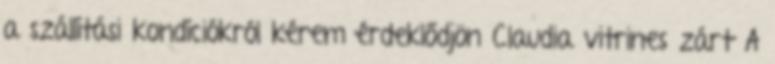
a szállítási kondíciókról kérem érdeklődjön Claudia vitrines zárt A